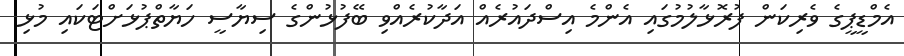
އެމްޑީޕީގެ ވެރިކަން ފުރޮޅާލުމުގައި އެންމެ އިސްދައުރެއް އަދާކުރެއްވި ބޭފުޅުންގެ ސިޔާސީ ހަޔާތްޕުޅަށްޓަކައި މުޅި